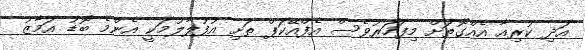
އަދި ކުރިއާ އެއްގޮތަށް މިފަހަރުވެސް އެފްއޭކަޕް ތަށި އުފުލާލުމަކީ އެންމެ ބޮޑު އަމާޒު